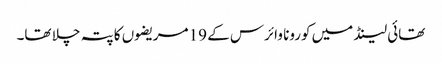
تھائی لینڈ میں کورونا وائرس کے 19 مریضوں کا پتہ چلا تھا۔